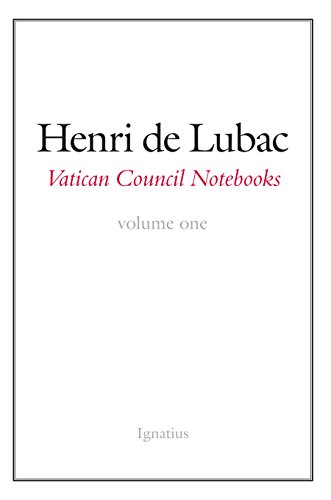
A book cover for Vatican Council Notebooks: Volume One; Henri de Lubac; Christian Books & Bibles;